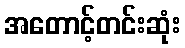
အတောင့်တင်းဆုံး